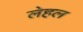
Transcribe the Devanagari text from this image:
लेहल